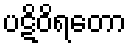
ပဋိဝိရတော